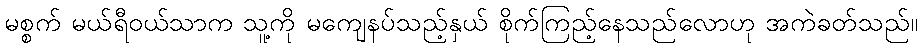
မစ္စက် မယ်ရီဝယ်သာက သူ့ကို မကျေနပ်သည့်နှယ် စိုက်ကြည့်နေသည်လောဟု အကဲခတ်သည်။